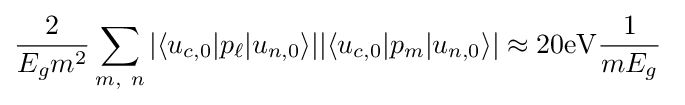
{\frac {2}{E_{g}m^{2}}}\sum _{m,\ n}{|\langle u_{c,0}|p_{\ell }|u_{n,0}\rangle |}{|\langle u_{c,0}|p_{m}|u_{n,0}\rangle |}\approx 20\mathrm {eV} {\frac {1}{mE_{g}}}\